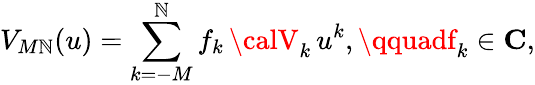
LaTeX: V_{M\mathbb{N}}(u)=\sum_{k=-M}^{\mathbb{N}}f_{k}\, {\calV}_{k}\, u^{k},\qquadf_{k}\in{\mathbf{C}},